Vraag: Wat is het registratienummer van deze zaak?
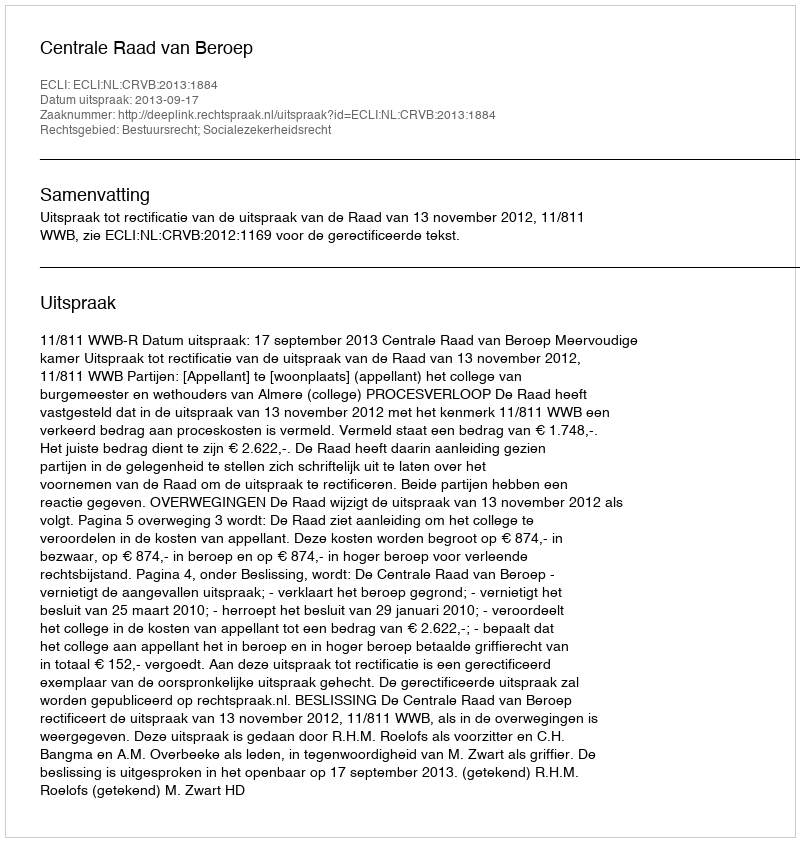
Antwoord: http://deeplink.rechtspraak.nl/uitspraak?id=ECLI:NL:CRVB:2013:1884